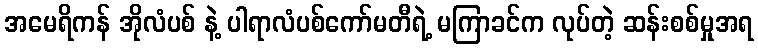
အမေရိကန် အိုလံပစ် နဲ့ ပါရာလံပစ်ကော်မတီရဲ့ မကြာခင်က လုပ်တဲ့ ဆန်းစစ်မှုအရ